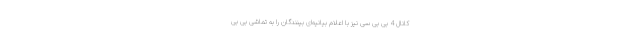
کانال 4 بی بی سی نیز با اعلام بیانیه‌ای بینندگان را به تماشی بی بی